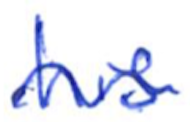
Text: his
Cross-out: wave
Writing tool: ballpoint